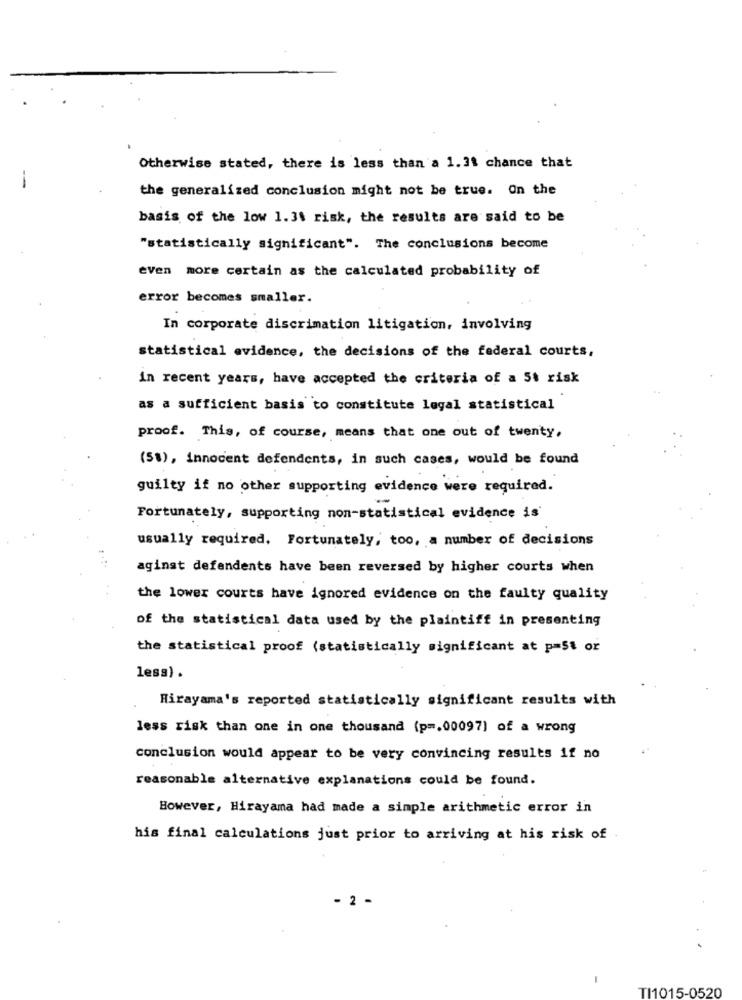
Otherwise stated, there is less than a 1.31 chance that
the generalized conclusion might not be true. On the
basis of the low 1.3$ risk, the results are said to be
"statistically significant". The conclusions become
even more certain as the calculated probability of
error becomes smaller.
In corporate discrimation litigation, involving
statistical evidence, the decisions of the federal courts,
in recent years, have accepted the criteria of a 5t risk
as a sufficient basis to constitute legal statistical
proof. This, of course, means that one out of twenty.
(51), innocent defendents, in such cases, would be found
guilty if no other supporting evidence were required.
Fortunately, supporting non-statistical evidence is
usually required. Fortunately, too, a number of decisions
aginst defendents have been reversed by higher courts when
the lower courts have ignored evidence on the faulty quality
of the statistical data used by the plaintiff in presenting
the statistical proof (statistically significant at p=54 or
less) .
Hirayama's reported statistically significant results with
less risk than one in one thousand (p =, 00097) of a wrong
conclusion would appear to be very convincing results if no
reasonable alternative explanations could be found.
However, Hirayama had made a simple arithmetic error in
his final calculations just prior to arriving at his risk of
2 -
TI1015-0520